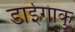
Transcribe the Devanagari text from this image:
डाईगाकु